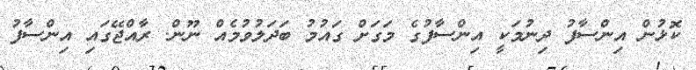
ކޮޅުން އިންސާފު ދިނުމަކީ އިންސާފުގެ މަގަށް ގައުމު ބަދަލުވުމެއް ނޫން. ރާއްޖޭގައި އިންސާފު